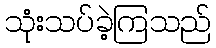
သုံးသပ်ခဲ့ကြသည်